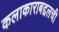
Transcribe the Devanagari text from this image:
कलाकाराबद्दलची